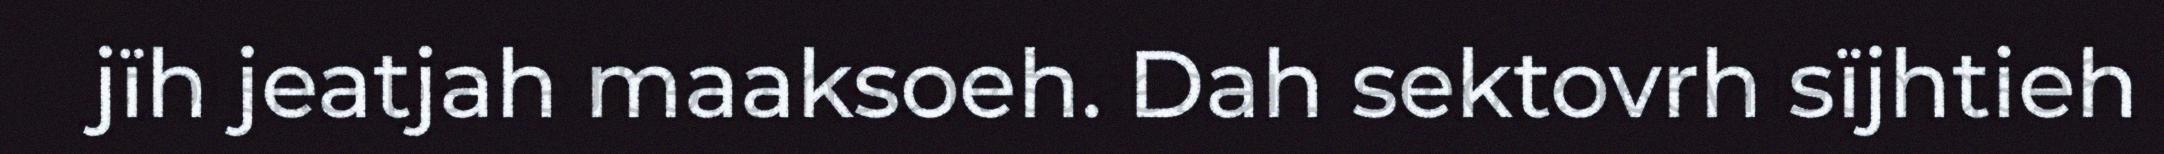
jïh jeatjah maaksoeh. Dah sektovrh sïjhtieh